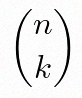
\binom{n}{k}